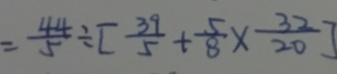
= \frac { 4 4 } { 5 } \div [ \frac { 3 9 } { 5 } + \frac { 5 } { 8 } \times \frac { 3 2 } { 2 0 } ]